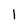
Character: 1